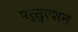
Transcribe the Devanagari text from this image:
पर्सुएशन